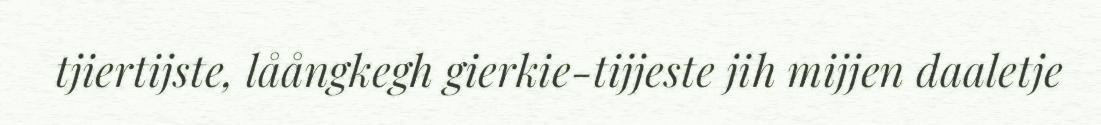
tjiertijste, låångkegh gierkie-tijjeste jih mijjen daaletje